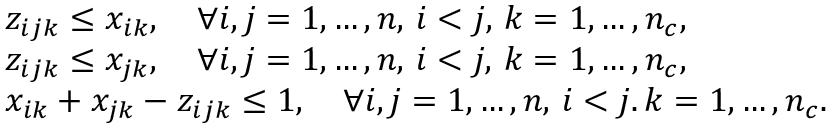
\begin{array} { r l r } & { z _ { i j k } \leq x _ { i k } , \quad \forall i , j = 1 , \dots , n , \, i < j , \, k = 1 , \dots , n _ { c } , } & \\ & { z _ { i j k } \leq x _ { j k } , \quad \forall i , j = 1 , \dots , n , \, i < j , \, k = 1 , \dots , n _ { c } , } & \\ & { x _ { i k } + x _ { j k } - z _ { i j k } \leq 1 , \quad \forall i , j = 1 , \dots , n , \, i < j . \, k = 1 , \dots , n _ { c } . } & \end{array}